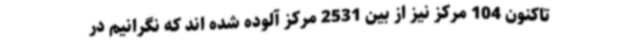
تاکنون 104 مرکز نیز از بین 2531 مرکز آلوده شده اند که نگرانیم در